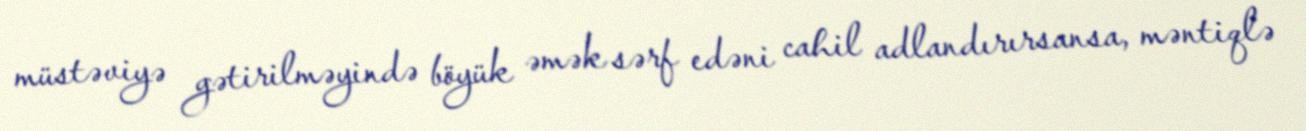
müstəviyə gətirilməyində böyük əmək sərf edəni cahil adlandırırsansa, məntiqlə